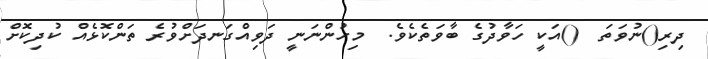
ދިރި()ނުވަތަ  ()އަކީ ހަވާދުގެ ބާވަތެކެވެ.  މިހުންނަނީ ދަވިއްގަނދަށްވުރެ ތަންކޮޅެއް ކުދިކޮށް